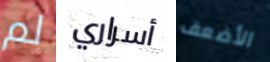
لم أسراري الأضعف